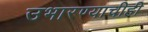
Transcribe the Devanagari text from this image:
उभारण्याचीही